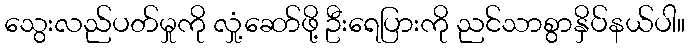
သွေးလည်ပတ်မှုကို လှုံ့ဆော်ဖို့ ဦးရေပြားကို ညင်သာစွာနှိပ်နယ်ပါ။